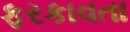
ફરકાવતા